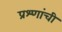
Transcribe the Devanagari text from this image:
प्रश्णांची